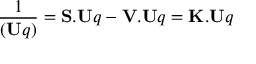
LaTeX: { \frac { 1 } { ( \mathbf { U } q ) } } = \mathbf { S . U } q - \mathbf { V . U } q = \mathbf { K . U } q